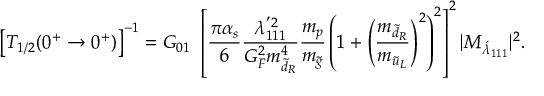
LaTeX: \big [ T _ { 1 / 2 } ( 0 ^ { + } \rightarrow 0 ^ { + } ) \big ] ^ { - 1 } = G _ { 0 1 } ~ \left[ \frac { \pi \alpha _ { s } } { 6 } \frac { \lambda _ { 1 1 1 } ^ { ' 2 } } { G _ { F } ^ { 2 } m _ { \tilde { d } _ { R } } ^ { 4 } } \frac { m _ { p } } { m _ { \tilde { g } } } \left( 1 + \left( \frac { m _ { \tilde { d } _ { R } } } { m _ { \tilde { u } _ { L } } } \right) ^ { 2 } \right) ^ { 2 } \right] ^ { 2 } | { \cal { M } } _ { { \acute { \lambda } } _ { 1 1 1 } } | ^ { 2 } .